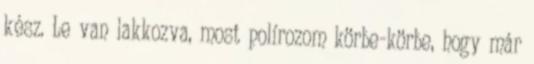
kész. Le van lakkozva, most polírozom körbe-körbe, hogy már